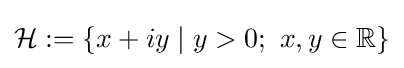
{\mathcal {H}}:=\{x+iy\mid y>0;\ x,y\in \mathbb {R} \}